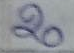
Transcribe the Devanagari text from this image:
२०